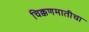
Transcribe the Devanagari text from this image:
चिक्कणमातीचा